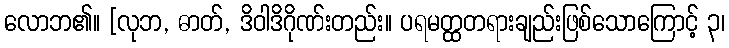
လောဘ၏။ [လုဘ, ဓာတ်, ဒိဝါဒိဂိုဏ်းတည်း။ ပရမတ္ထတရားချည်းဖြစ်သောကြောင့် ၃၊